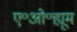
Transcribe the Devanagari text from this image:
ए॰ओ॰ह्यूम